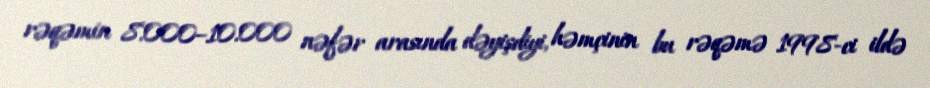
rəqəmin 8.000–10.000 nəfər arasında dəyişdiyi, həmçinin bu rəqəmə 1998-ci ildə